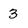
Character: 3